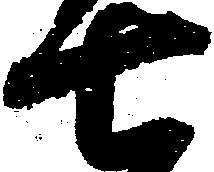
七